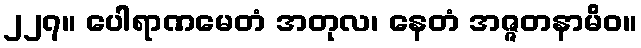
၂၂၇။ ပေါရာဏမေတံ အတုလ၊ နေတံ အဇ္ဇတနာမိဝ။